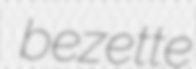
bezette